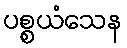
ပစ္စယံသေန